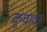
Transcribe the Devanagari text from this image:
कुचावर